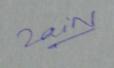
Signature authenticity: genuine